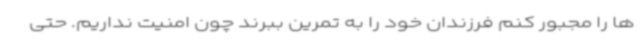
ها را مجبور کنم فرزندان خود را به تمرین ببرند چون امنیت نداریم. حتی